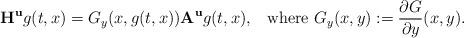
LaTeX: \begin{align*}{\bf H}^{\bf u}g(t,x)= G_y(x,g(t,x)) {\bf A}^{{\bf u}}g(t,x), \enskip \mbox{ where } G_y(x,y):=\frac{\partial G}{\partial y}(x,y).\end{align*}